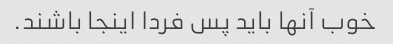
خوب آنها باید پس فردا اینجا باشند.